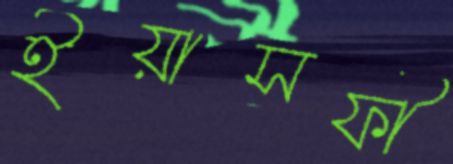
ইয়াসফী